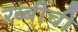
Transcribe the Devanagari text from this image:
रब्बीची